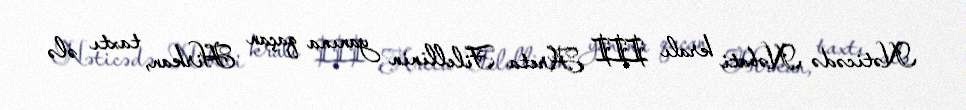
Nəticədə Nəbati kralı III Areta Filellinin yanına qaçan Hirkan, taxtı ələ